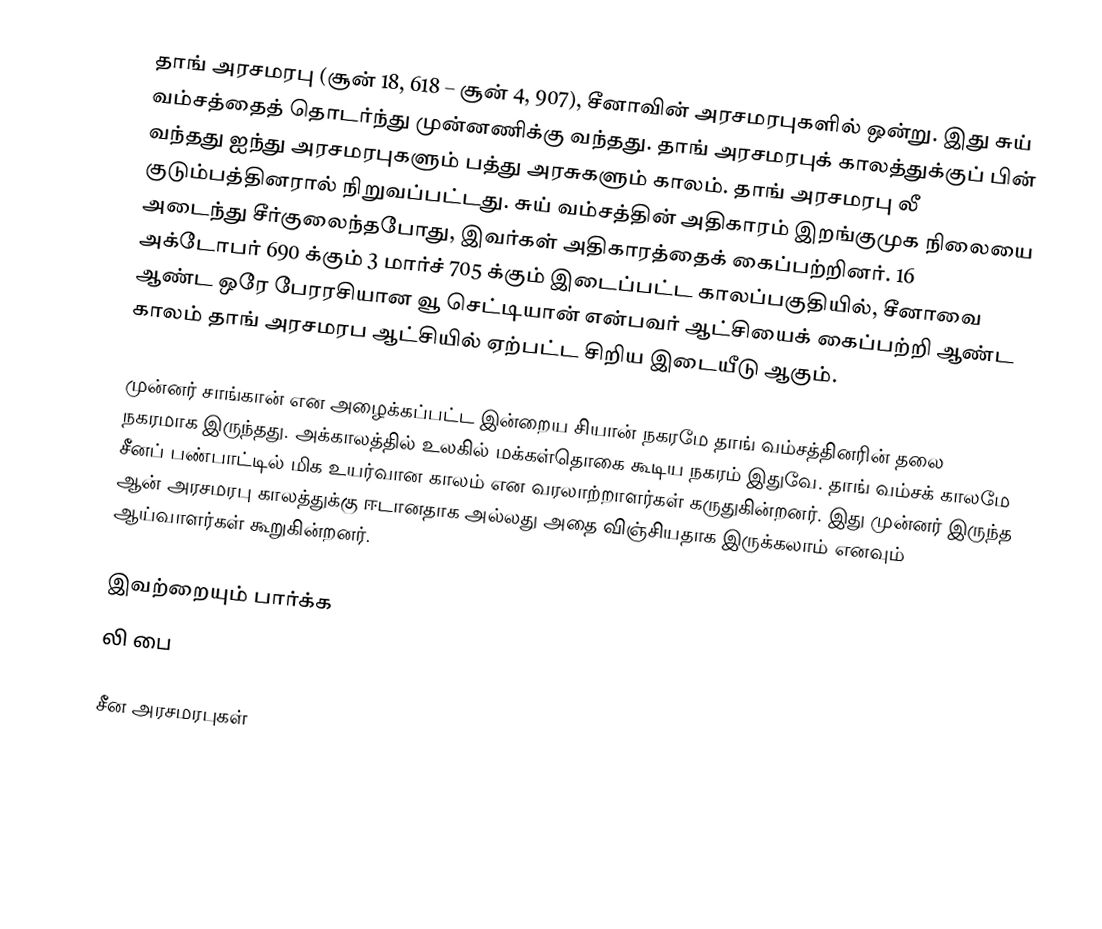
தாங் அரசமரபு (சூன் 18, 618 – சூன் 4, 907), சீனாவின் அரசமரபுகளில் ஒன்று. இது சுய் வம்சத்தைத் தொடர்ந்து முன்னணிக்கு வந்தது. தாங் அரசமரபுக் காலத்துக்குப் பின் வந்தது ஐந்து அரசமரபுகளும் பத்து அரசுகளும் காலம். தாங் அரசமரபு லீ குடும்பத்தினரால் நிறுவப்பட்டது. சுய் வம்சத்தின் அதிகாரம் இறங்குமுக நிலையை அடைந்து சீர்குலைந்தபோது, இவர்கள் அதிகாரத்தைக் கைப்பற்றினர். 16 அக்டோபர் 690 க்கும் 3 மார்ச் 705 க்கும் இடைப்பட்ட காலப்பகுதியில், சீனாவை ஆண்ட ஒரே பேரரசியான வூ செட்டியான் என்பவர் ஆட்சியைக் கைப்பற்றி ஆண்ட காலம் தாங் அரசமரப ஆட்சியில் ஏற்பட்ட சிறிய இடையீடு ஆகும்.

முன்னர் சாங்கான் என அழைக்கப்பட்ட இன்றைய சியான் நகரமே தாங் வம்சத்தினரின் தலை நகரமாக இருந்தது. அக்காலத்தில் உலகில் மக்கள்தொகை கூடிய நகரம் இதுவே. தாங் வம்சக் காலமே சீனப் பண்பாட்டில் மிக உயர்வான காலம் என வரலாற்றாளர்கள் கருதுகின்றனர். இது முன்னர் இருந்த ஆன் அரசமரபு காலத்துக்கு ஈடானதாக அல்லது அதை விஞ்சியதாக இருக்கலாம் எனவும் ஆய்வாளர்கள் கூறுகின்றனர்.

இவற்றையும் பார்க்க
 லி பை

சீன அரசமரபுகள்